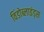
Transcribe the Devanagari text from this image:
विंडोब्लाइंड्स